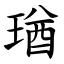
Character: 㻥